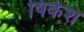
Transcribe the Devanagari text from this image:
षिकेश